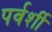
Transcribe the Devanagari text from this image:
पर्वर्शी